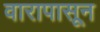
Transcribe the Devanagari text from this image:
वारापासून